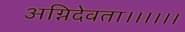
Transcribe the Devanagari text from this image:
अग्निदेवता।।।।।।